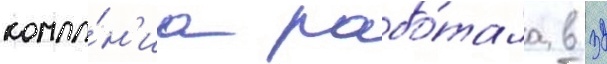
компа́н'иа рабо́тала в 32